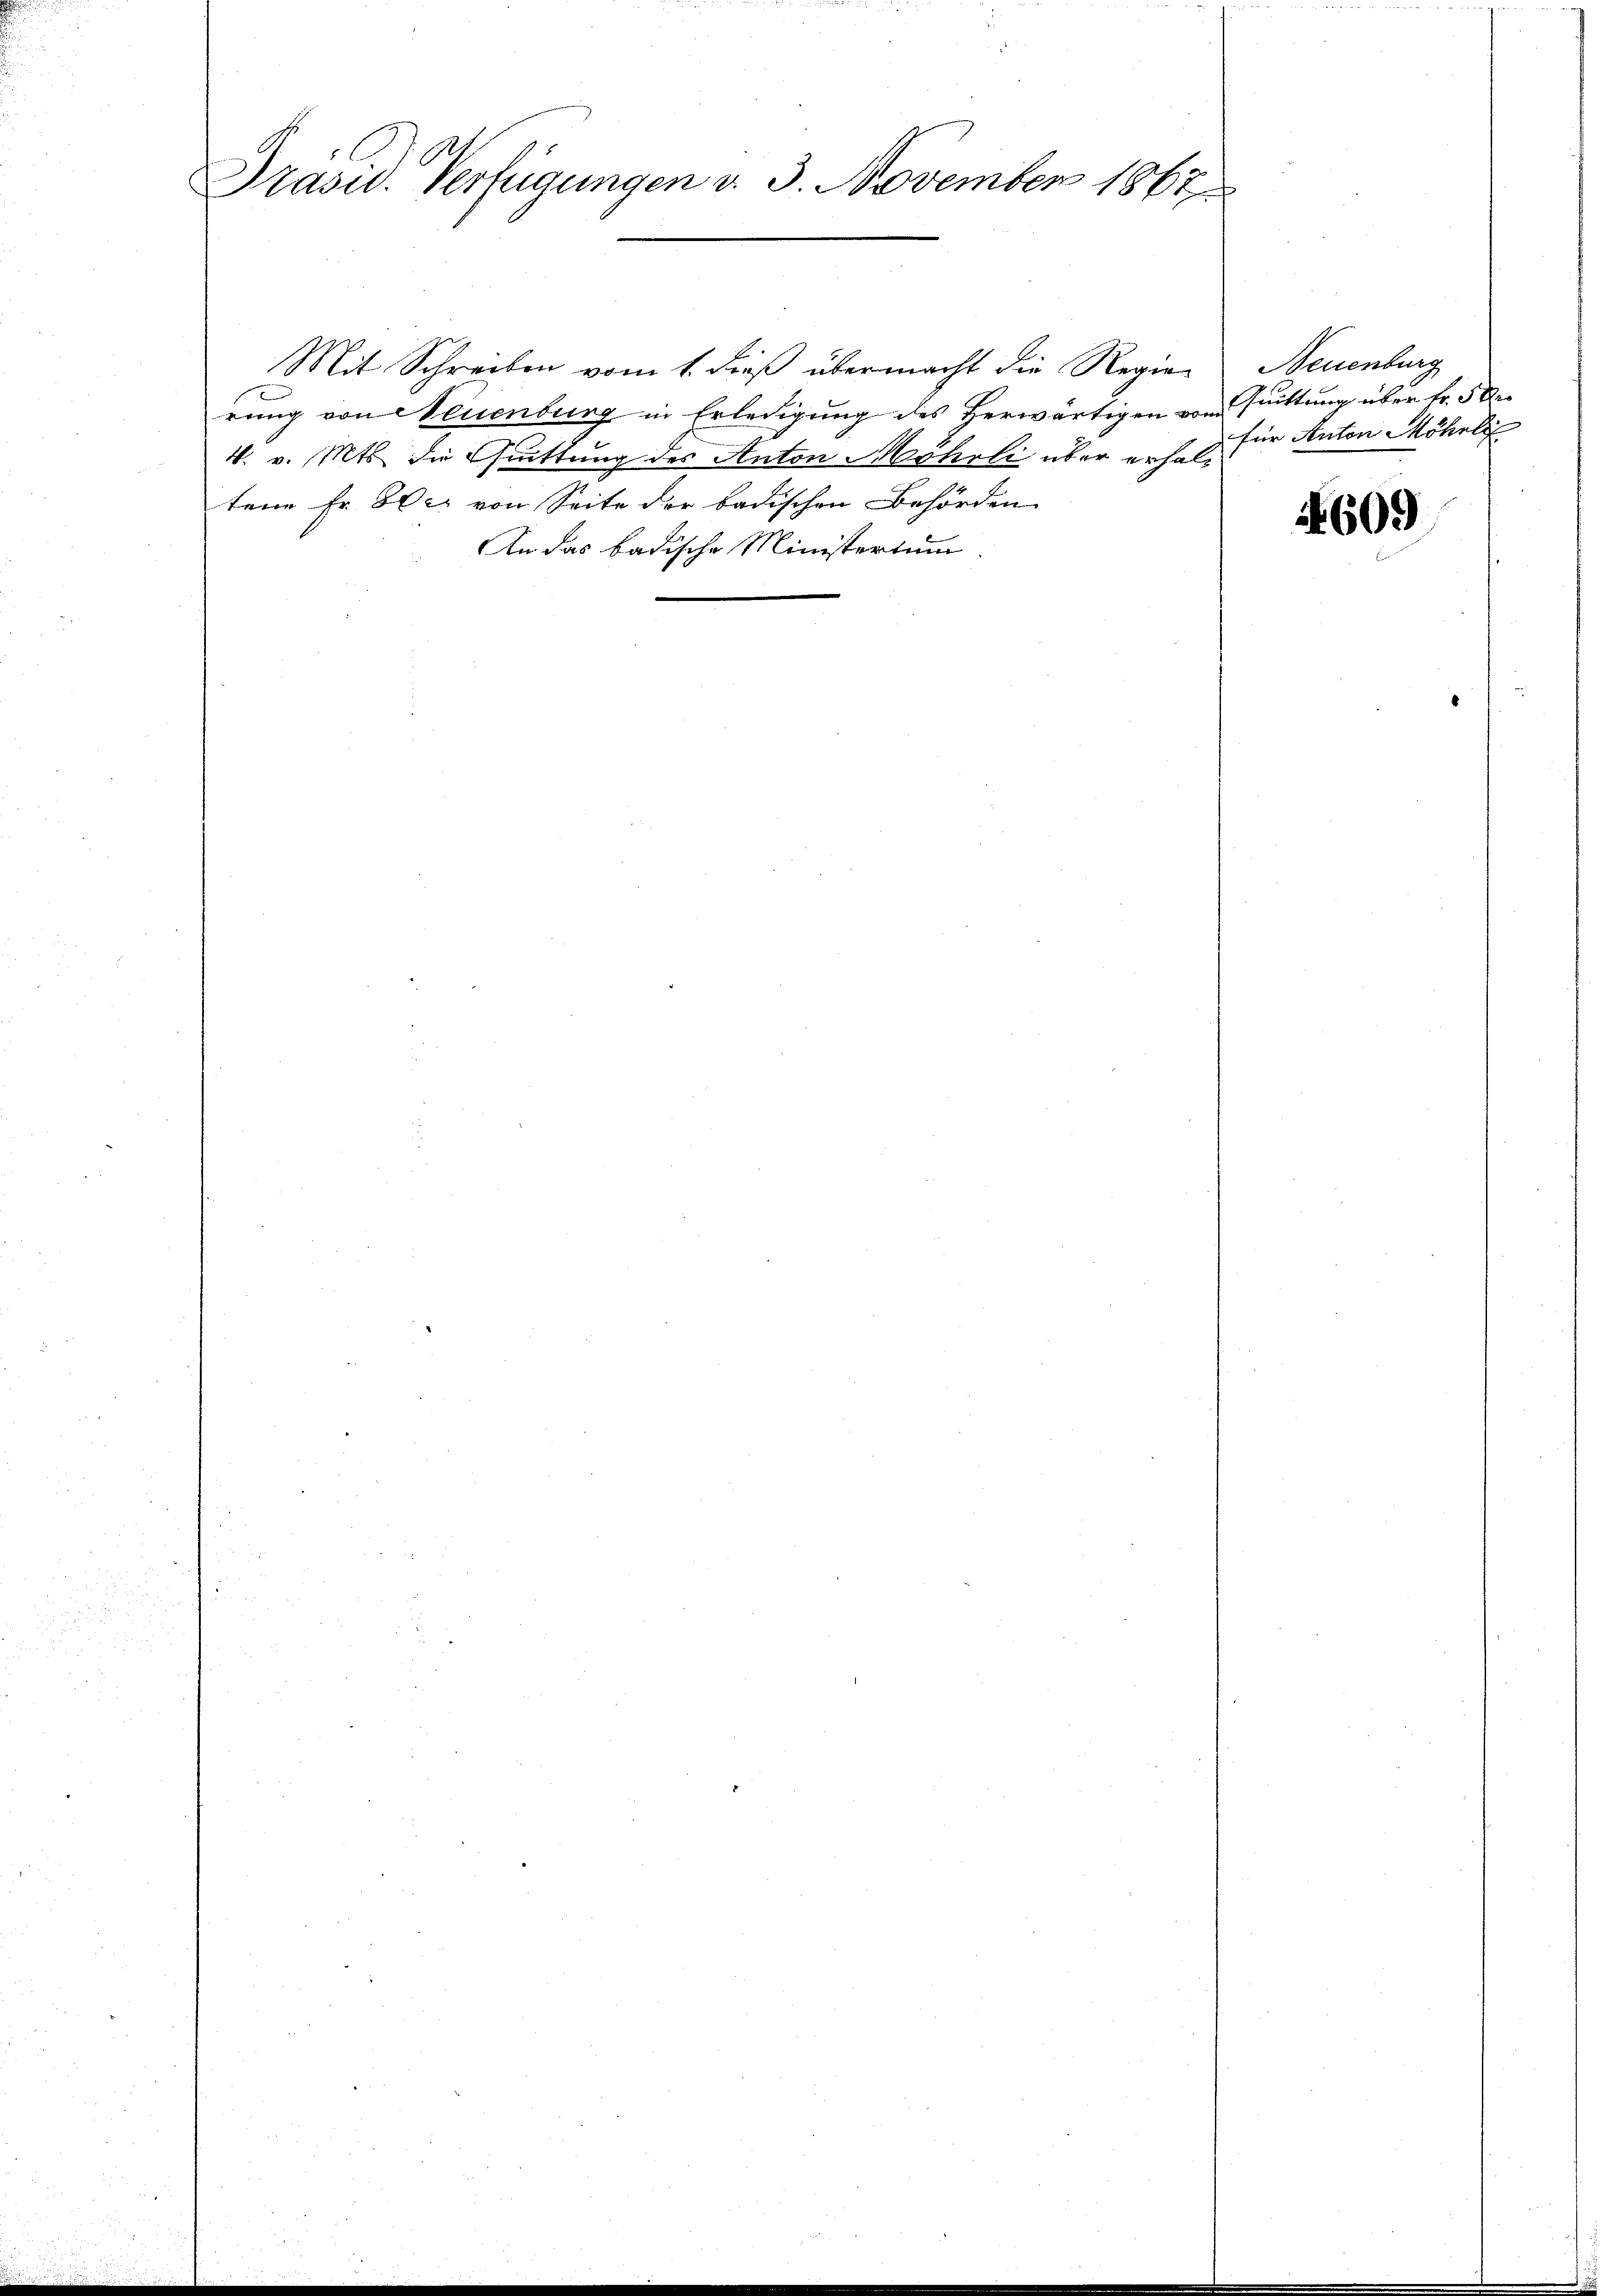
Präsid. Verfügungen v. 3. November 1867

Mit Schreiben vom 1. dieß übermacht die Regierung von Neuenburg in Erledigung des Herwärtigen vom Guittung über fr. 5 De
4. v. Mts. die Chuittung des Anton Möhrli über erhaltene Fr. 50c von Seite der badischen Behörden
An das badische Ministertum

Neuenburg
für Anton Möhrli

4609